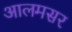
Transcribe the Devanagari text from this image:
आलमसर